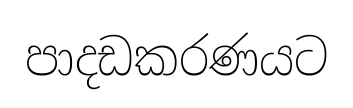
පාදඩකරණයට